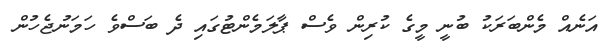
އަނެއް މެންބަރަކު ބުނީ މީގެ ކުރިން ވެސް ޕާލަމެންޓުގައި ދެ ބަސްވެ ހަމަނުޖެހުން